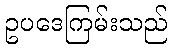
ဥပဒေကြမ်းသည်